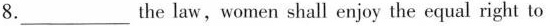
8. ___ the law, women shall enjoy the equal right to